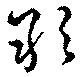
敢